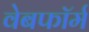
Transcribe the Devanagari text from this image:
वेबफॉर्म